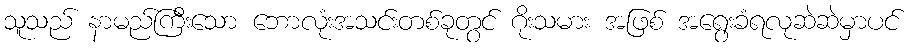
သူသည် နာမည်ကြီးသော ဘောလုံးအသင်းတစ်ခုတွင် ဂိုးသမား အဖြစ် အရွေးခံရလုဆဲဆဲမှာပင်